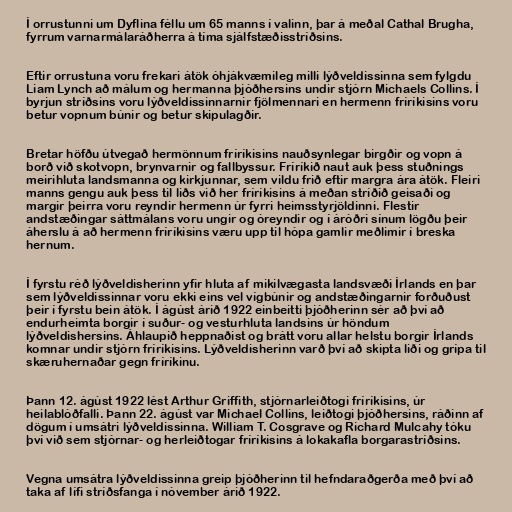
Í orrustunni um Dyflina féllu um 65 manns í valinn, þar á meðal Cathal Brugha,
fyrrum varnarmálaráðherra á tíma sjálfstæðisstríðsins.

Eftir orrustuna voru frekari átök óhjákvæmileg milli lýðveldissinna sem fylgdu
Liam Lynch að málum og hermanna þjóðhersins undir stjórn Michaels Collins. Í
byrjun stríðsins voru lýðveldissinnarnir fjölmennari en hermenn fríríkisins voru
betur vopnum búnir og betur skipulagðir.

Bretar höfðu útvegað hermönnum fríríkisins nauðsynlegar birgðir og vopn á
borð við skotvopn, brynvarnir og fallbyssur. Fríríkið naut auk þess stuðnings
meirihluta landsmanna og kirkjunnar, sem vildu frið eftir margra ára átök. Fleiri
manns gengu auk þess til liðs við her fríríkisins á meðan stríðið geisaði og
margir þeirra voru reyndir hermenn úr fyrri heimsstyrjöldinni. Flestir
andstæðingar sáttmálans voru ungir og óreyndir og í áróðri sínum lögðu þeir
áherslu á að hermenn fríríkisins væru upp til hópa gamlir meðlimir í breska
hernum.

Í fyrstu réð lýðveldisherinn yfir hluta af mikilvægasta landsvæði Írlands en þar
sem lýðveldissinnar voru ekki eins vel vígbúnir og andstæðingarnir forðuðust
þeir í fyrstu bein átök. Í ágúst árið 1922 einbeitti þjóðherinn sér að því að
endurheimta borgir í suður- og vesturhluta landsins úr höndum
lýðveldishersins. Áhlaupið heppnaðist og brátt voru allar helstu borgir Írlands
komnar undir stjórn fríríkisins. Lýðveldisherinn varð því að skipta liði og grípa til
skæruhernaðar gegn fríríkinu.

Þann 12. ágúst 1922 lést Arthur Griffith, stjórnarleiðtogi fríríkisins, úr
heilablóðfalli. Þann 22. ágúst var Michael Collins, leiðtogi þjóðhersins, ráðinn af
dögum í umsátri lýðveldissinna. William T. Cosgrave og Richard Mulcahy tóku
því við sem stjórnar- og herleiðtogar fríríkisins á lokakafla borgarastríðsins.

Vegna umsátra lýðveldissinna greip þjóðherinn til hefndaraðgerða með því að
taka af lífi stríðsfanga í nóvember árið 1922.